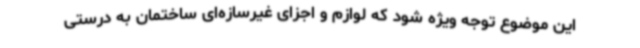
این موضوع توجه ویژه شود که لوازم و اجزای غیرسازه‌ای ساختمان به درستی